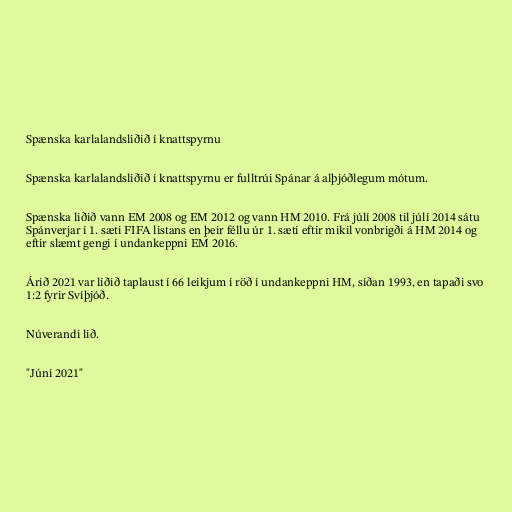
Spænska karlalandsliðið í knattspyrnu

Spænska karlalandsliðið í knattspyrnu er fulltrúi Spánar á alþjóðlegum mótum.

Spænska liðið vann EM 2008 og EM 2012 og vann HM 2010. Frá júlí 2008 til júlí 2014 sátu
Spánverjar í 1. sæti FIFA listans en þeir féllu úr 1. sæti eftir mikil vonbrigði á HM 2014 og
eftir slæmt gengi í undankeppni EM 2016.

Árið 2021 var liðið taplaust í 66 leikjum í röð í undankeppni HM, síðan 1993, en tapaði svo
1:2 fyrir Svíþjóð.

Núverandi lið.

"Júní 2021"